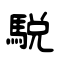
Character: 駾